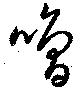
噲